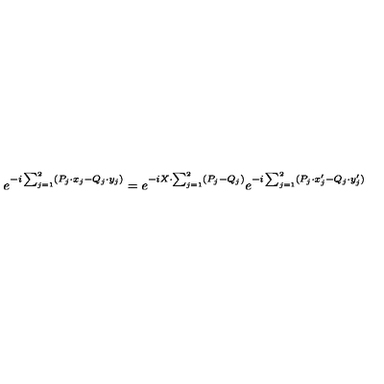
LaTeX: e ^ { - i \sum _ { j = 1 } ^ { 2 } ( P _ { j } \cdot x _ { j } - Q _ { j } \cdot y _ { j } ) } = e ^ { - i X \cdot \sum _ { j = 1 } ^ { 2 } ( P _ { j } - Q _ { j } ) } e ^ { - i \sum _ { j = 1 } ^ { 2 } ( P _ { j } \cdot x _ { j } ^ { \prime } - Q _ { j } \cdot y _ { j } ^ { \prime } ) }